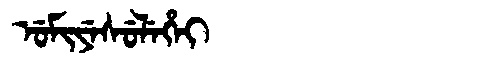
Manchu: ᡠᠮᡳᠶᡝᠰᡠᠯᡝᡥᡝᡳ
Romanization: UMIYESULEHEI